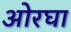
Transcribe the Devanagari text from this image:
ओरघा